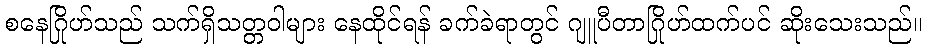
စနေဂြိုဟ်သည် သက်ရှိသတ္တဝါများ နေထိုင်ရန် ခက်ခဲရာတွင် ဂျူပီတာဂြိုဟ်ထက်ပင် ဆိုးသေးသည်။